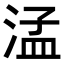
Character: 𬈂